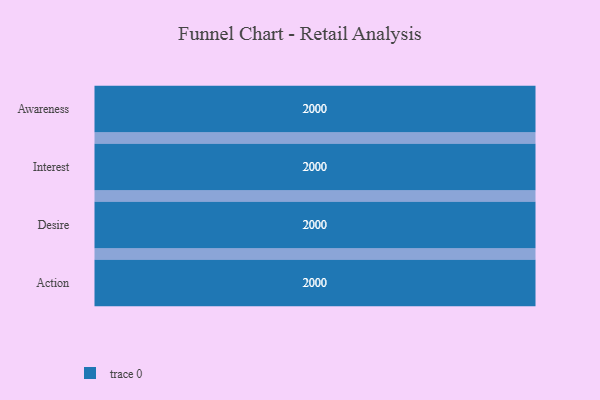
{"axis": {"x": "Stage", "y": "Value"}, "legend": [""], "data": [{"x": "Awareness", "y": 2000, "type": ""}, {"x": "Interest", "y": 2000, "type": ""}, {"x": "Desire", "y": 2000, "type": ""}, {"x": "Action", "y": 2000, "type": ""}]}